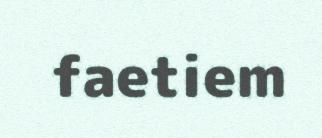
faetiem